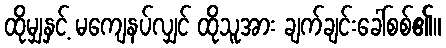
ထိုမျှနှင့် မကျေနပ်လျှင် ထိုသူအား ချက်ချင်းခေါ်စစ်၏။